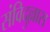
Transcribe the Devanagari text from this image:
संविदुल्लास